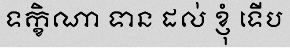
ទក្ខិណា ទាន ដល់ ខ្ញុំ ទើប